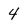
Character: 4